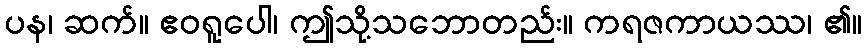
ပန၊ ဆက်။ ဧဝရူပေါ၊ ဤသို့သဘောတည်း။ ကရဇကာယဿ၊ ၏။